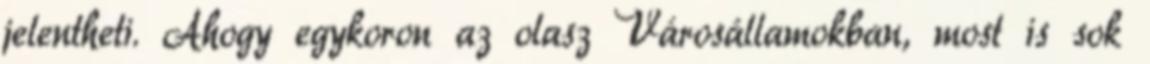
jelentheti. Ahogy egykoron az olasz Városállamokban, most is sok